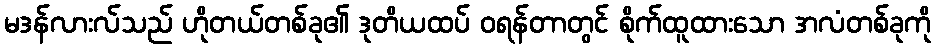
မဒန်လားလ်သည် ဟိုတယ်တစ်ခု၏ ဒုတိယထပ် ဝရန်တာတွင် စိုက်ထူထားသော အလံတစ်ခုကို